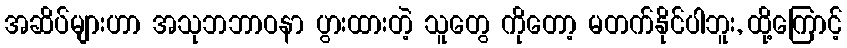
အဆိပ်များဟာ အသုဘဘာဝနာ ပွားထားတဲ့ သူတွေ ကိုတော့ မတက်နိုင်ပါဘူး, ထို့ကြောင့်